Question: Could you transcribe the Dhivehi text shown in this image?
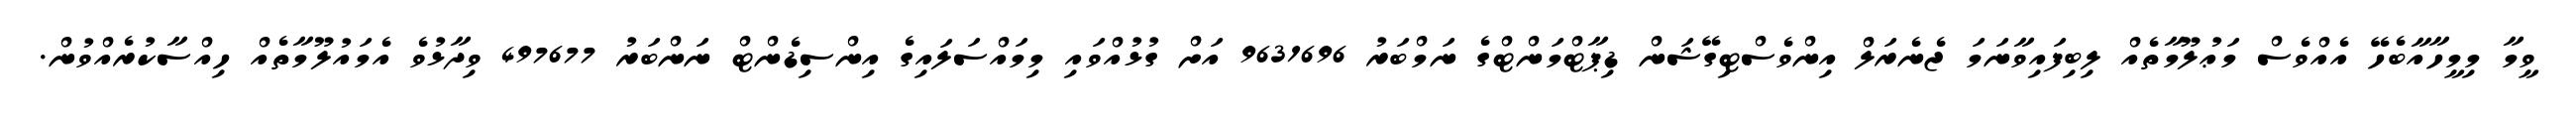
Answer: ވީމާ މިމީހާއާބެހޭ އެއްވެސް މަޢުލޫމާތެއް ލިބިފައިވާނަމަ ޖެނެރަލް އިންވެސްޓިގޭޝަން ޑިޕާޓްމަންޓްގެ ނަމްބަރު 9631696 އަށް ގުޅުއްވައި މިމައްސަލައިގެ އިންސިޑެންޓް ނަންބަރު 497677 ވިދާޅުވެ އެމައުލޫމާތެއް ހިއްސާކުރެއްވުން.